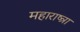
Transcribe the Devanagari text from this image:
महाराष्त्रा